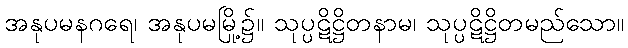
အနုပမနဂရေ၊ အနုပမမြို့၌။ သုပ္ပဋိဋ္ဌိတနာမ၊ သုပ္ပဋိဋ္ဌိတမည်သော။